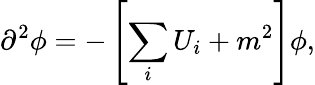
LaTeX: \partial^{2}\phi=-\left[\sum_{i}U_{i}+m^{2}\right]\phi,